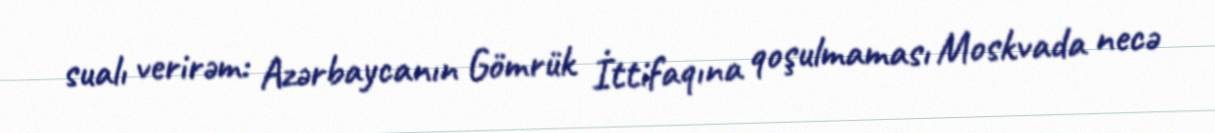
sualı verirəm: Azərbaycanın Gömrük İttifaqına qoşulmaması Moskvada necə